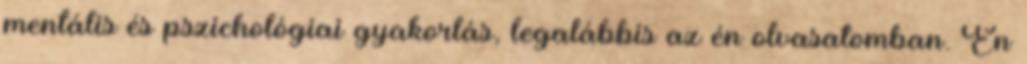
mentális és pszichológiai gyakorlás, legalábbis az én olvasatomban. Én